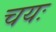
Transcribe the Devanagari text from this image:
चयः